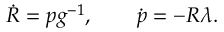
\begin{array} { r } { \dot { R } = p g ^ { - 1 } , \qquad \dot { p } = - R \lambda . } \end{array}